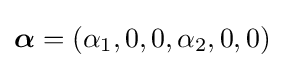
{\boldsymbol {\alpha }}=(\alpha _{1},0,0,\alpha _{2},0,0)